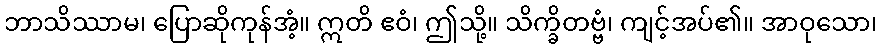
ဘာသိဿာမ၊ ပြောဆိုကုန်အံ့။ ဣတိ ဧဝံ၊ ဤသို့။ သိက္ခိတဗ္ဗံ၊ ကျင့်အပ်၏။ အာဝုသော၊